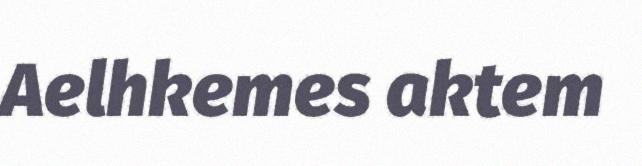
Aelhkemes aktem